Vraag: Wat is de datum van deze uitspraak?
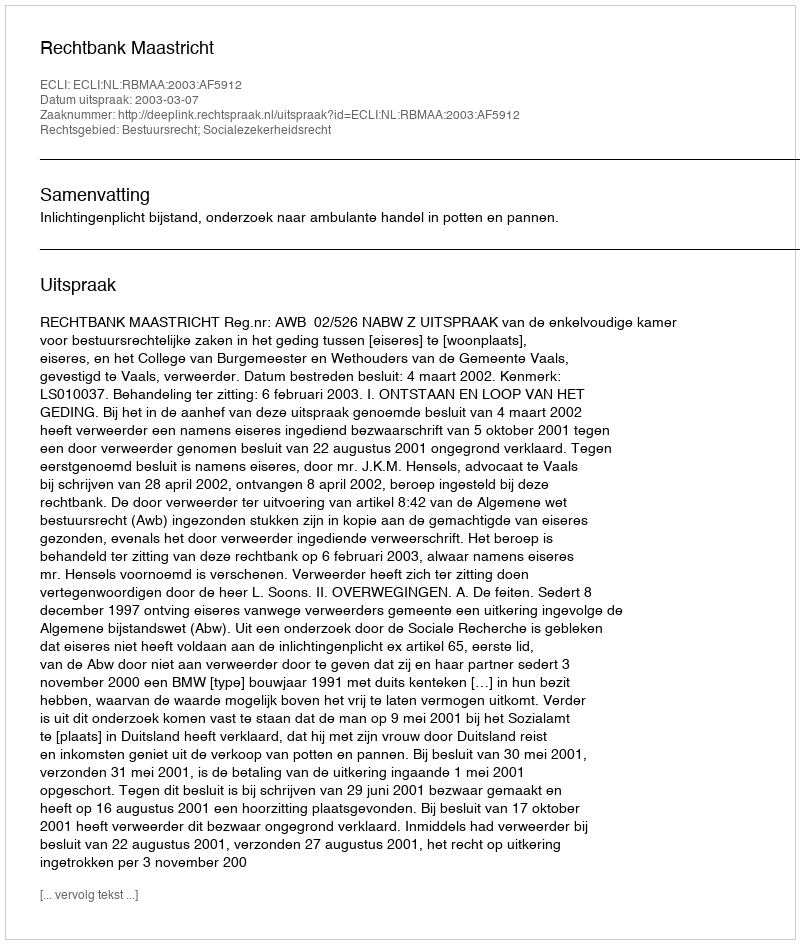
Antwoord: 2003-03-07